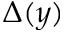
\Delta ( y )